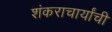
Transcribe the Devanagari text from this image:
शंकराचार्यांची